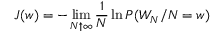
J ( w ) = - \operatorname* { l i m } _ { N \uparrow \infty } \frac { 1 } { N } \ln P ( W _ { N } / N = w )